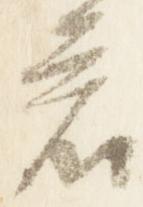
君